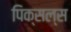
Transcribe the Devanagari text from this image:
पिक्सल्स